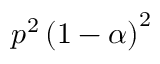
p ^ { 2 } \left( 1 - \alpha \right) ^ { 2 }